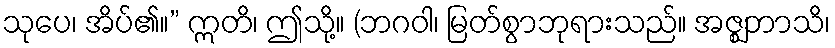
သုပေ၊ အိပ်၏။” ဣတိ၊ ဤသို့။ (ဘဂဝါ၊ မြတ်စွာဘုရားသည်။ အဇ္ဈဘာသိ၊